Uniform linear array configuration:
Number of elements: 4
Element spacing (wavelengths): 0.5
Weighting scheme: hann
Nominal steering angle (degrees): -30
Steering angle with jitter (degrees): -31.049
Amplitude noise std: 0.05
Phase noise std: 0.05

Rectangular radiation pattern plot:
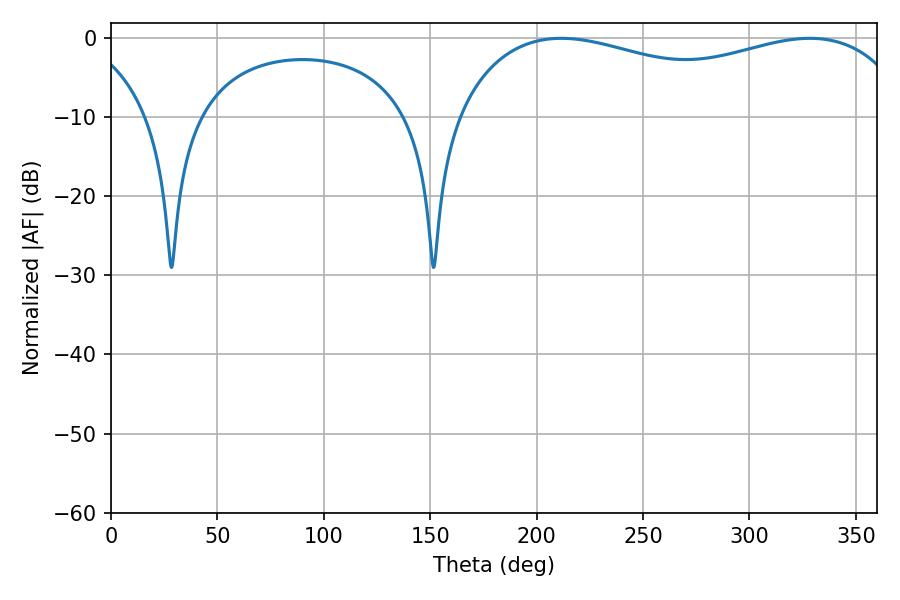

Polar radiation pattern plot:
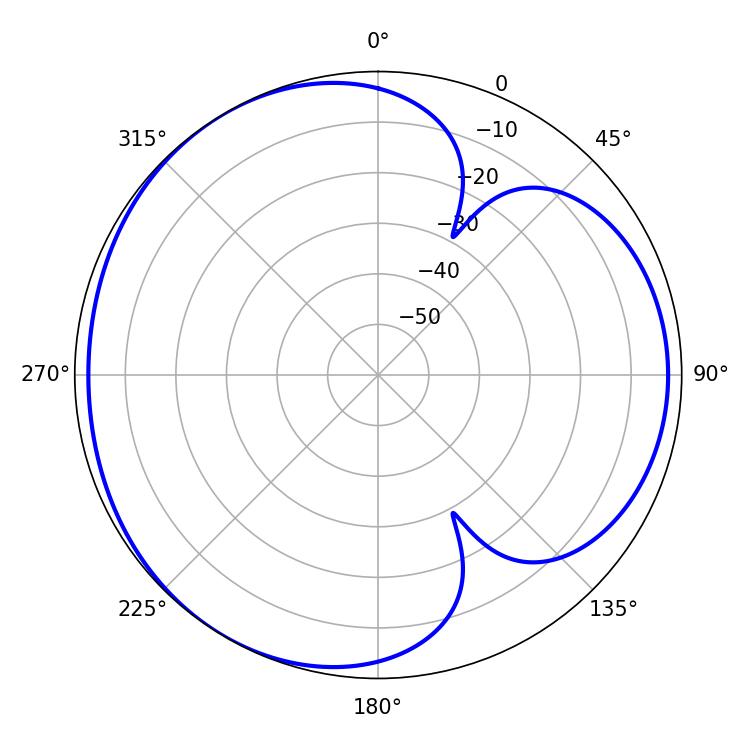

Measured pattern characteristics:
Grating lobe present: FALSE
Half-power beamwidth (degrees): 177.12
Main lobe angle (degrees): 211.68